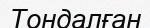
Тондалған